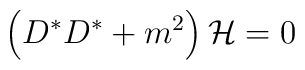
\left( D^{*}D^{*}+m^2\right) {\cal H}=0